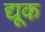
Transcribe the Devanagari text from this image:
द्यूक